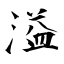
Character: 溢